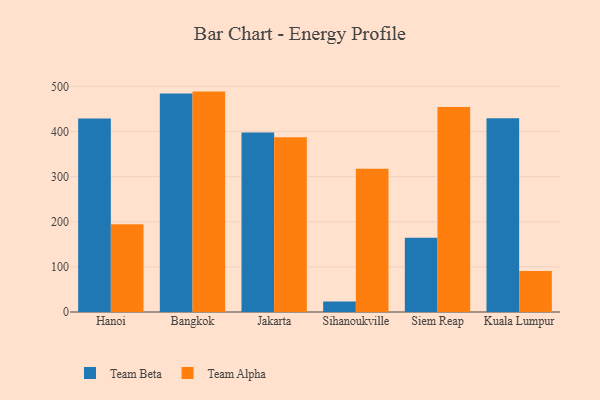
{"axis": {"x": "City", "y": "Conversion Rate (%)"}, "legend": ["Team Alpha", "Team Beta"], "data": [{"x": "Hanoi", "y": 428.9, "type": "Team Beta"}, {"x": "Hanoi", "y": 194.7, "type": "Team Alpha"}, {"x": "Bangkok", "y": 484.5, "type": "Team Beta"}, {"x": "Bangkok", "y": 488.5, "type": "Team Alpha"}, {"x": "Jakarta", "y": 397.8, "type": "Team Beta"}, {"x": "Jakarta", "y": 387.2, "type": "Team Alpha"}, {"x": "Sihanoukville", "y": 23.5, "type": "Team Beta"}, {"x": "Sihanoukville", "y": 317.7, "type": "Team Alpha"}, {"x": "Siem Reap", "y": 164.4, "type": "Team Beta"}, {"x": "Siem Reap", "y": 454.6, "type": "Team Alpha"}, {"x": "Kuala Lumpur", "y": 429.5, "type": "Team Beta"}, {"x": "Kuala Lumpur", "y": 91.1, "type": "Team Alpha"}]}